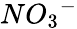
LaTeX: NO{_3}^{-}